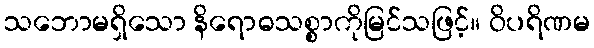
သဘောမရှိသော နိရောဓသစ္စာကိုမြင်သဖြင့်။ ဝိပရိဏမ